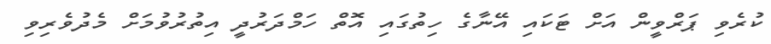
ކުރެވި ޕަރްވީން އަށް ޓަކައި އޭނާގެ ހިތުގައި އޮތް ހަމްދަރުދީ އިތުރުވުމަށް މެދުވެރިވި